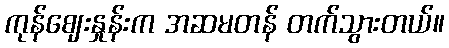
ကုန်ဈေးနှုန်းက အဆမတန် တက်သွားတယ်။